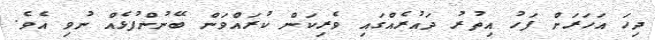
ދިހަ އަހަރަށް ފަހު އިތުރު ދައުރެއްގައި ވެރިކަން ކުރައްވަން ބޭނުންފުޅެއް ނުވި އެވެ.